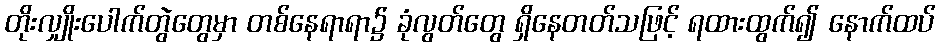
တိုးလျှိုးပေါက်တွဲတွေမှာ တစ်နေရာရာ၌ ခုံလွတ်တွေ ရှိနေတတ်သဖြင့် ရထားထွက်၍ နောက်ထပ်